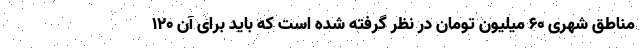
مناطق شهری ۶۰ میلیون تومان در نظر گرفته شده است که باید برای آن ۱۲۰